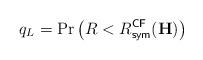
LaTeX: \begin{align*}q_L = \Pr \left(R < R^{\sf CF}_{\sf sym}(\mathbf{H})\right)\end{align*}